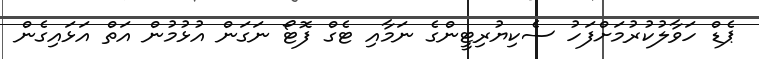
ޕެޑް ހަވާލުކުރުމަށްފަހު ސެކިޔުރިޓީންގެ ނަމާއި ޓެގް ފޮޓޯ ނަގަން އުޅުމުން އަތް އަޅައިގެން